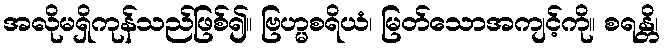
အလိုမရှိကုန်သည်ဖြစ်၍။ ဗြဟ္မစရိယံ၊ မြတ်သောအကျင့်ကို။ စရန္တိ၊